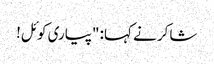
شاکر نے کہا: "پیاری کوئل!